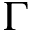
\Gamma